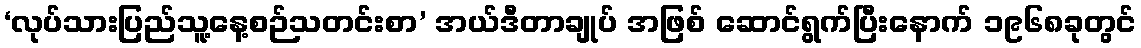
‘လုပ်သားပြည်သူ့နေ့စဉ်သတင်းစာ’ အယ်ဒီတာချုပ် အဖြစ် ဆောင်ရွက်ပြီးနောက် ၁၉၆၈ခုတွင်